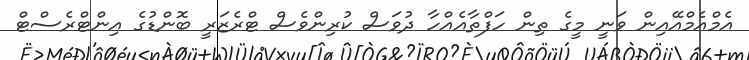
އެމްއެމްއޭއިން ވަނީ މީގެ ތިން ހަފްތާއެއްހާ ދުވަސް ކުރިންވެސް ޓްރެޒަރީ ބޮންޑުގެ އިންޓްރެސްޓް